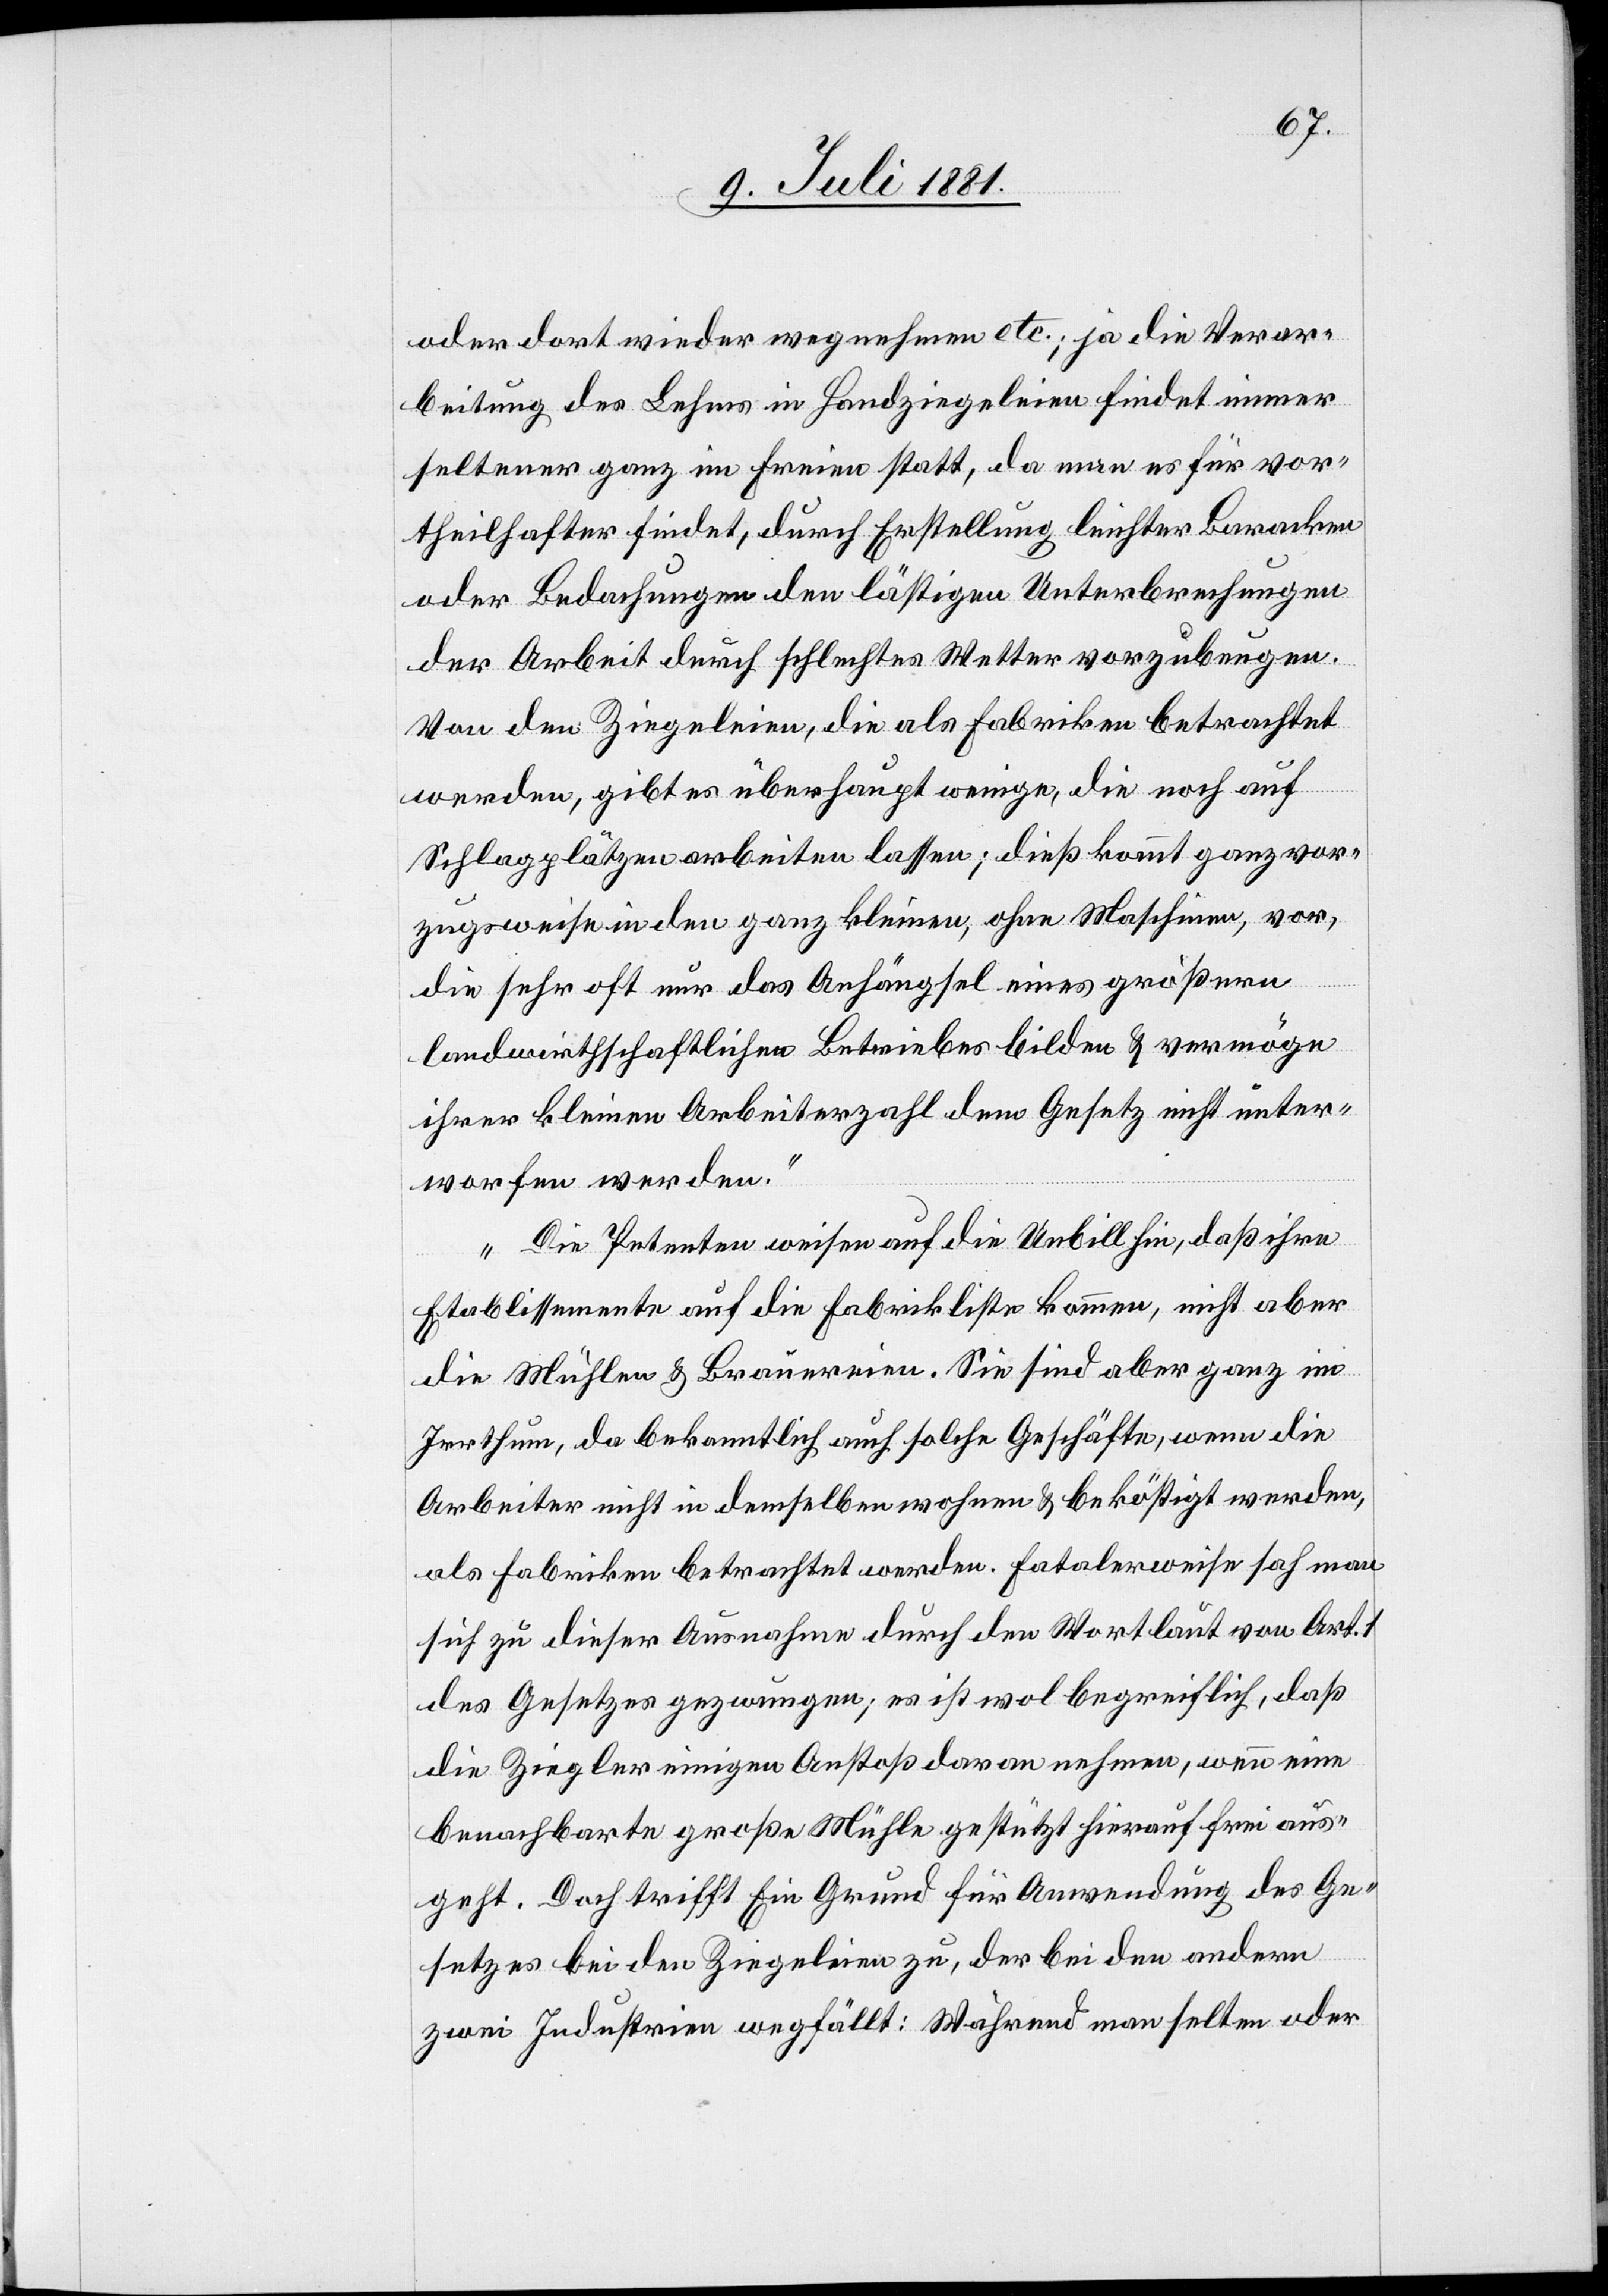
oder dort wieder wegnehmen etc.; ja die Verar¬
beitung des Lehms in Handziegleien findet immer
seltener ganz im Freien statt, da man es für vor¬
theilhafter findet, durch Erstellung leichter Baracken
oder Bedachungen den lästigen Unterbrechungen
der Arbeit durch schlechtes Wetter vorzubeugen.
Von den Ziegeleien, die als Fabriken betrachtet
werden, gibt es überhaupt wenige, die noch auf
Schlagplätzen arbeiten lassen; dieß kommt ganz vor¬
zugsweise in den ganz kleinen, ohne Maschinen, vor,
die sehr oft nur das Anhängsel eines größern
landwirthschaftlichen Betriebes bilden & vermöge
ihrer kleinen Arbeiterzahl dem Gesetz nicht unter¬
worfen werden.
Die Petenten weisen auf die Unbill hin, daß ihre
Etablissemente auf die Fabrikliste kommen, nicht aber
die Mühlen & Brauereien. Sie sind aber ganz im
Irrthum, da bekanntlich auch solche Geschäfte, wenn die
Arbeiter nicht in demselben wohnen & beköstigt werden,
als Fabriken betrachtet werden. Fatalerweise sah man
sich zu dieser Ausnahme durch den Wortlaut von Art.
des Gesetzes gezwungen; es ist wol begreiflich, daß
die Ziegler einigen Anstoß daran nehmen, wenn eine
benachbarte große Mühle gestützt hierauf frei aus¬
geht. Doch trifft Ein Grund für Anwendung des Ge¬
setztes bei den Ziegeleien zu, der bei den andern
zwei Industrien wegfällt: Während man selten oder